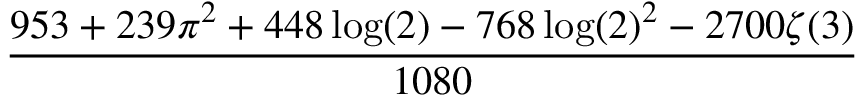
\frac { 9 5 3 + 2 3 9 \pi ^ { 2 } + 4 4 8 \log ( 2 ) - 7 6 8 \log ( 2 ) ^ { 2 } - 2 7 0 0 \zeta ( 3 ) } { 1 0 8 0 }